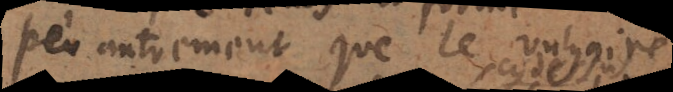
peu autrement que le vulgaire,